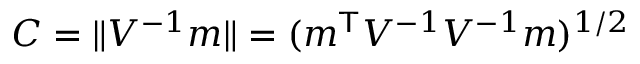
C = \| V ^ { - 1 } m \| = ( m ^ { \mathsf { T } } V ^ { - 1 } V ^ { - 1 } m ) ^ { 1 / 2 }